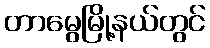
တာမွေမြို့နယ်တွင်